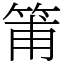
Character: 𥮉